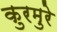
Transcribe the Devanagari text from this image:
कुरमुरे